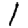
Digit: 1